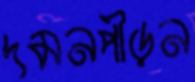
দমনপীড়ন